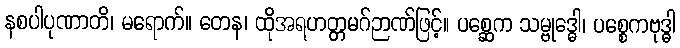
နစပါပုဏာတိ၊ မရောက်။ တေန၊ ထိုအရဟတ္တမဂ်ဉာဏ်ဖြင့်။ ပစ္ဆေက သမ္ဗုဒ္ဓေါ၊ ပစ္စေကဗုဒ္ဓါ